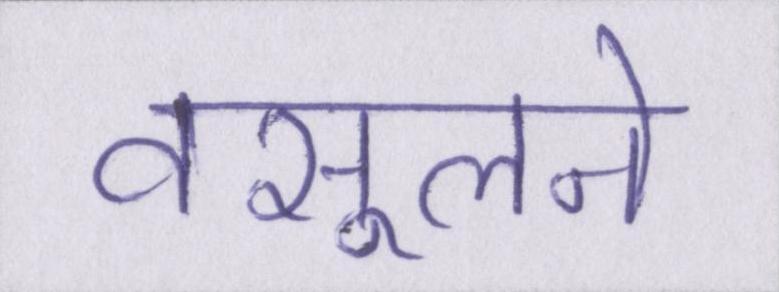
वसूलने